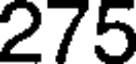
275